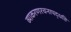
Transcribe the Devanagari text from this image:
व्याकरणरचनापद्धति